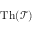
\operatorname { T h } ( { \mathcal { T } } )